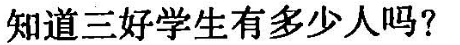
知道三好学生有多少人吗?